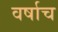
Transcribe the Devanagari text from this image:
वर्षाच